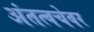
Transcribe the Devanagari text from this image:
अंतत्वचेवर